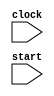
// Model fot the priority inversion problem of the Pathfinder.
// Three concurrent tasks run in this model of the pathfinder:
// 1. A low priority task that gathers meteorological data;
// 2. A long running medium priority communications task;
// 3. A high priority bus management task.
// Tasks 1 and 3 use the system bus. When they want to access the bus,
// they first obtain a lock for it.
// Tasks 1 and 2 run on the same processor. Since the communications task is
// higher priority, it preempts the meteo task.
// There is a watchdog processor (not modeled here) that resets the system
// if the bus management task is not performed regularly.
//
// The problem is the following:
// Suppose the meteo task starts and obtains exclusive access to the bus.
// Next the communications task starts and preempts the meteo task.
// At this point the bus management task has to wait for the communications
// task to finish because the meteo task cannot release the bus unless it
// is allowed to finish. Since the communications task takes a long time,
// the watchdog is led to believe that something is wrong, and resets
// the system.
//
// To avoid modeling the watchdog processor and the "long" delay, we adopt
// the following technique: We make the termination of the communications
// task depend on the termination of the bus management task. In this way,
// we create the following situation:
// 1. The communication task cannot finish until the bus management task
//    is idle;
// 2. If indeed the bus management task has to wait for the communications
//    task to finish, then we have a circular dependency and the system
//    deadlocks.
// Therefore we have transformed our problem into one of deadlock detection.
// We check for the liveness of the meteo task. This check fails, indicating 
// that the bus management task may indeed have to wait for the end of the
// communications task.
//

module pathfinder(clock,start);
    input	clock;
    input [2:0]	start;

    wire [1:0]	busRequest;
    wire [1:0]	busGrant;
    wire [2:0]	ready;
    wire [2:0]	run;

    busTask   meteo(clock,start[0],ready[0],run[0],busGrant[0],busRequest[0]);
    comm         cm(clock,start[1],ready[2],ready[1],run[1]);
    busTask busMgmt(clock,start[2],ready[2],run[2],busGrant[1],busRequest[1]);

    busArbiter   ba(clock,busRequest,busGrant);
    scheduler   sch(ready,run);

endmodule // pathfinder


module busTask(clock,start,ready,run,grant,request);
    input     clock;
    input     start;
    output    ready;
    input     run;
    input     grant;
    output    request;

    reg [1:0] state;

    parameter idle = 2'd0,
	      locking = 2'd1,
	      busy = 2'd2,
	      unlocking = 2'd3;

    initial begin
	state = idle;
    end

    always @ (posedge clock) begin
	if (run) begin
	    case (state)
	      idle:
		  if (start)
		      state = locking;
	      locking:
		  if (grant)
		      state = busy;
	      busy:
		  if (start)
		      state = unlocking;
	      unlocking:
		  state = idle;
	    endcase // case (state)
	end // if (run)
    end // always @ (posedge clock)

    assign request = state == locking ||
	state == busy || state == idle && start;
    assign ready = state != idle;

endmodule // busTask


// Communications task model. Notice the stopb input that allows the
// task to return to the idle state.
module comm(clock,start,stopb,ready,run);
    input  clock;
    input  start;
    input  stopb;
    output ready;
    input  run;

    reg	   state;

    parameter idle = 1'd0,
	      busy = 1'd1;

    initial begin
	state = idle;
    end

    always @ (posedge clock) begin
	if (run) begin
	    case (state)
	      idle:
		  if (start)
		      state = busy;
	      busy:
		  if (!stopb)
		      state = idle;
	    endcase // case (state)
	end // if (run)
    end // always @ (posedge clock)

    assign ready = state != idle;

endmodule // comm


// This synchronous bus arbiter grants locks to the bus to requestors.
// Two requestors are connected to the arbiter. The one with index 1 has
// precedence over the one with index 0.
module busArbiter(clock,request,grant);
    input	 clock;
    input [1:0]	 request;
    output [1:0] grant;

    reg		 lock;
    reg		 locker;

    initial begin
	lock = 0;		// bus free (0) or locked (1)
	locker = 0;		// who is locking the bus
    end

    always @ (posedge clock) begin
	if (lock) begin
	    if (locker == 0 && !request[0] || locker == 1 && !request[1]) begin
		lock = 0;
	    end
	end else begin
	    if (request[1]) begin
		lock = 1;
		locker = 1;
	    end else if (request[0]) begin
		lock = 1;
		locker = 0;
	    end
	end
    end // always @ (posedge clock)

    assign grant[0] = lock & ~locker;
    assign grant[1] = lock &  locker;

endmodule // busArbiter


// This is an extremely simple model of a preemptive scheduler.
// Process 2 runs on a separate processor, and is therefore always enabled.
// Processes 1 and 0 share the same processor. Process 1 is always enabled.
// Process 0 is enabled only when Process 1 is not running.
module scheduler(ready,run);
    input [2:0]	ready;
    output [2:0]	run;

    assign run[2] = 1'd1;	// if all processes on one processor:
    assign run[1] = 1'd1;	// run[1] = ~ready[2];
    assign run[0] = ~ready[1];	// run[0] = ~ready[2] & ~ready[1];

endmodule // scheduler